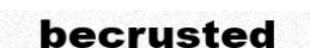
becrusted